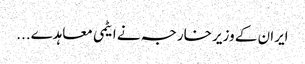
ایران کے وزیر خارجہ نے ایٹمی معاہدے...